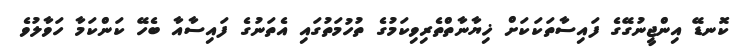
ކޮނޑޭ އިންޖީނުގޭގެ ފައިސާތަކަކަށް ޚިޔާނާތްތެރިވިކަމުގެ ތުހުމަތުގައި އެތަނުގެ ފައިސާއާ ބެހޭ ކަންކަމާ ހަވާލުވެ